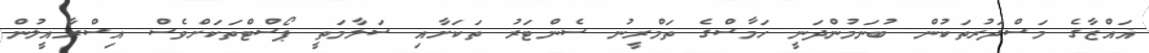
ޣައްޒާގެ މަސްދަރުތަކުން ބުނަމުންދަނީ ހަމާސްގެ ތަމްރީނު ސެންޓަރު ތަކަށާއި ސަލާމަތީ ޕޯސްޓްތަކަށްވެސް އިސްރާއީލުން